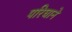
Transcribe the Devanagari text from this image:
परिघाने